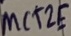
Text: MCT2E